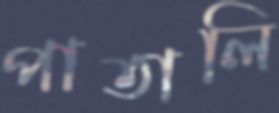
পাতালি